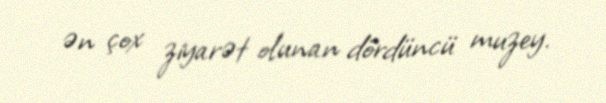
ən çox ziyarət olunan dördüncü muzey.